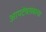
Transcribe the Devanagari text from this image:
आपटेंबरोबरचा